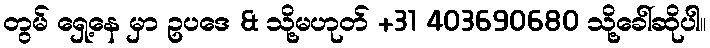
တွမ် ရှေ့နေ မှာ ဥပဒေ & သို့မဟုတ် +31 403690680 သို့ခေါ်ဆိုပါ။